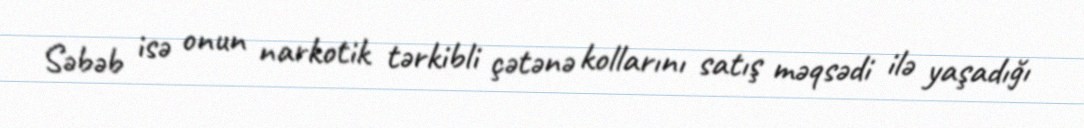
Səbəb isə onun narkotik tərkibli çətənə kollarını satış məqsədi ilə yaşadığı